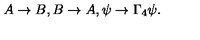
A \rightarrow B , B \rightarrow A , \psi \rightarrow \Gamma _ { 4 } \psi .